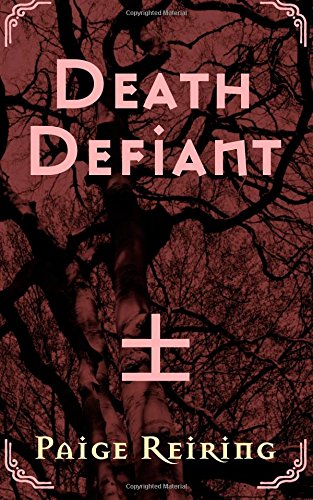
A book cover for Death Defiant (Volume 1); Paige Reiring; Science Fiction & Fantasy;